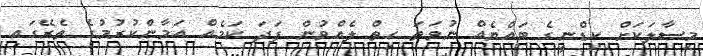
މިސާލަކަށް ކިޑްނީގެ ބައްޔެއް ނުވަތަ ހިތް ލެއްވުން ފަދަ ކަމެއް އަމާންކުރުމުގެ ތެރޭގައި